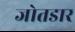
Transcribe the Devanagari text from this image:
जोतडार